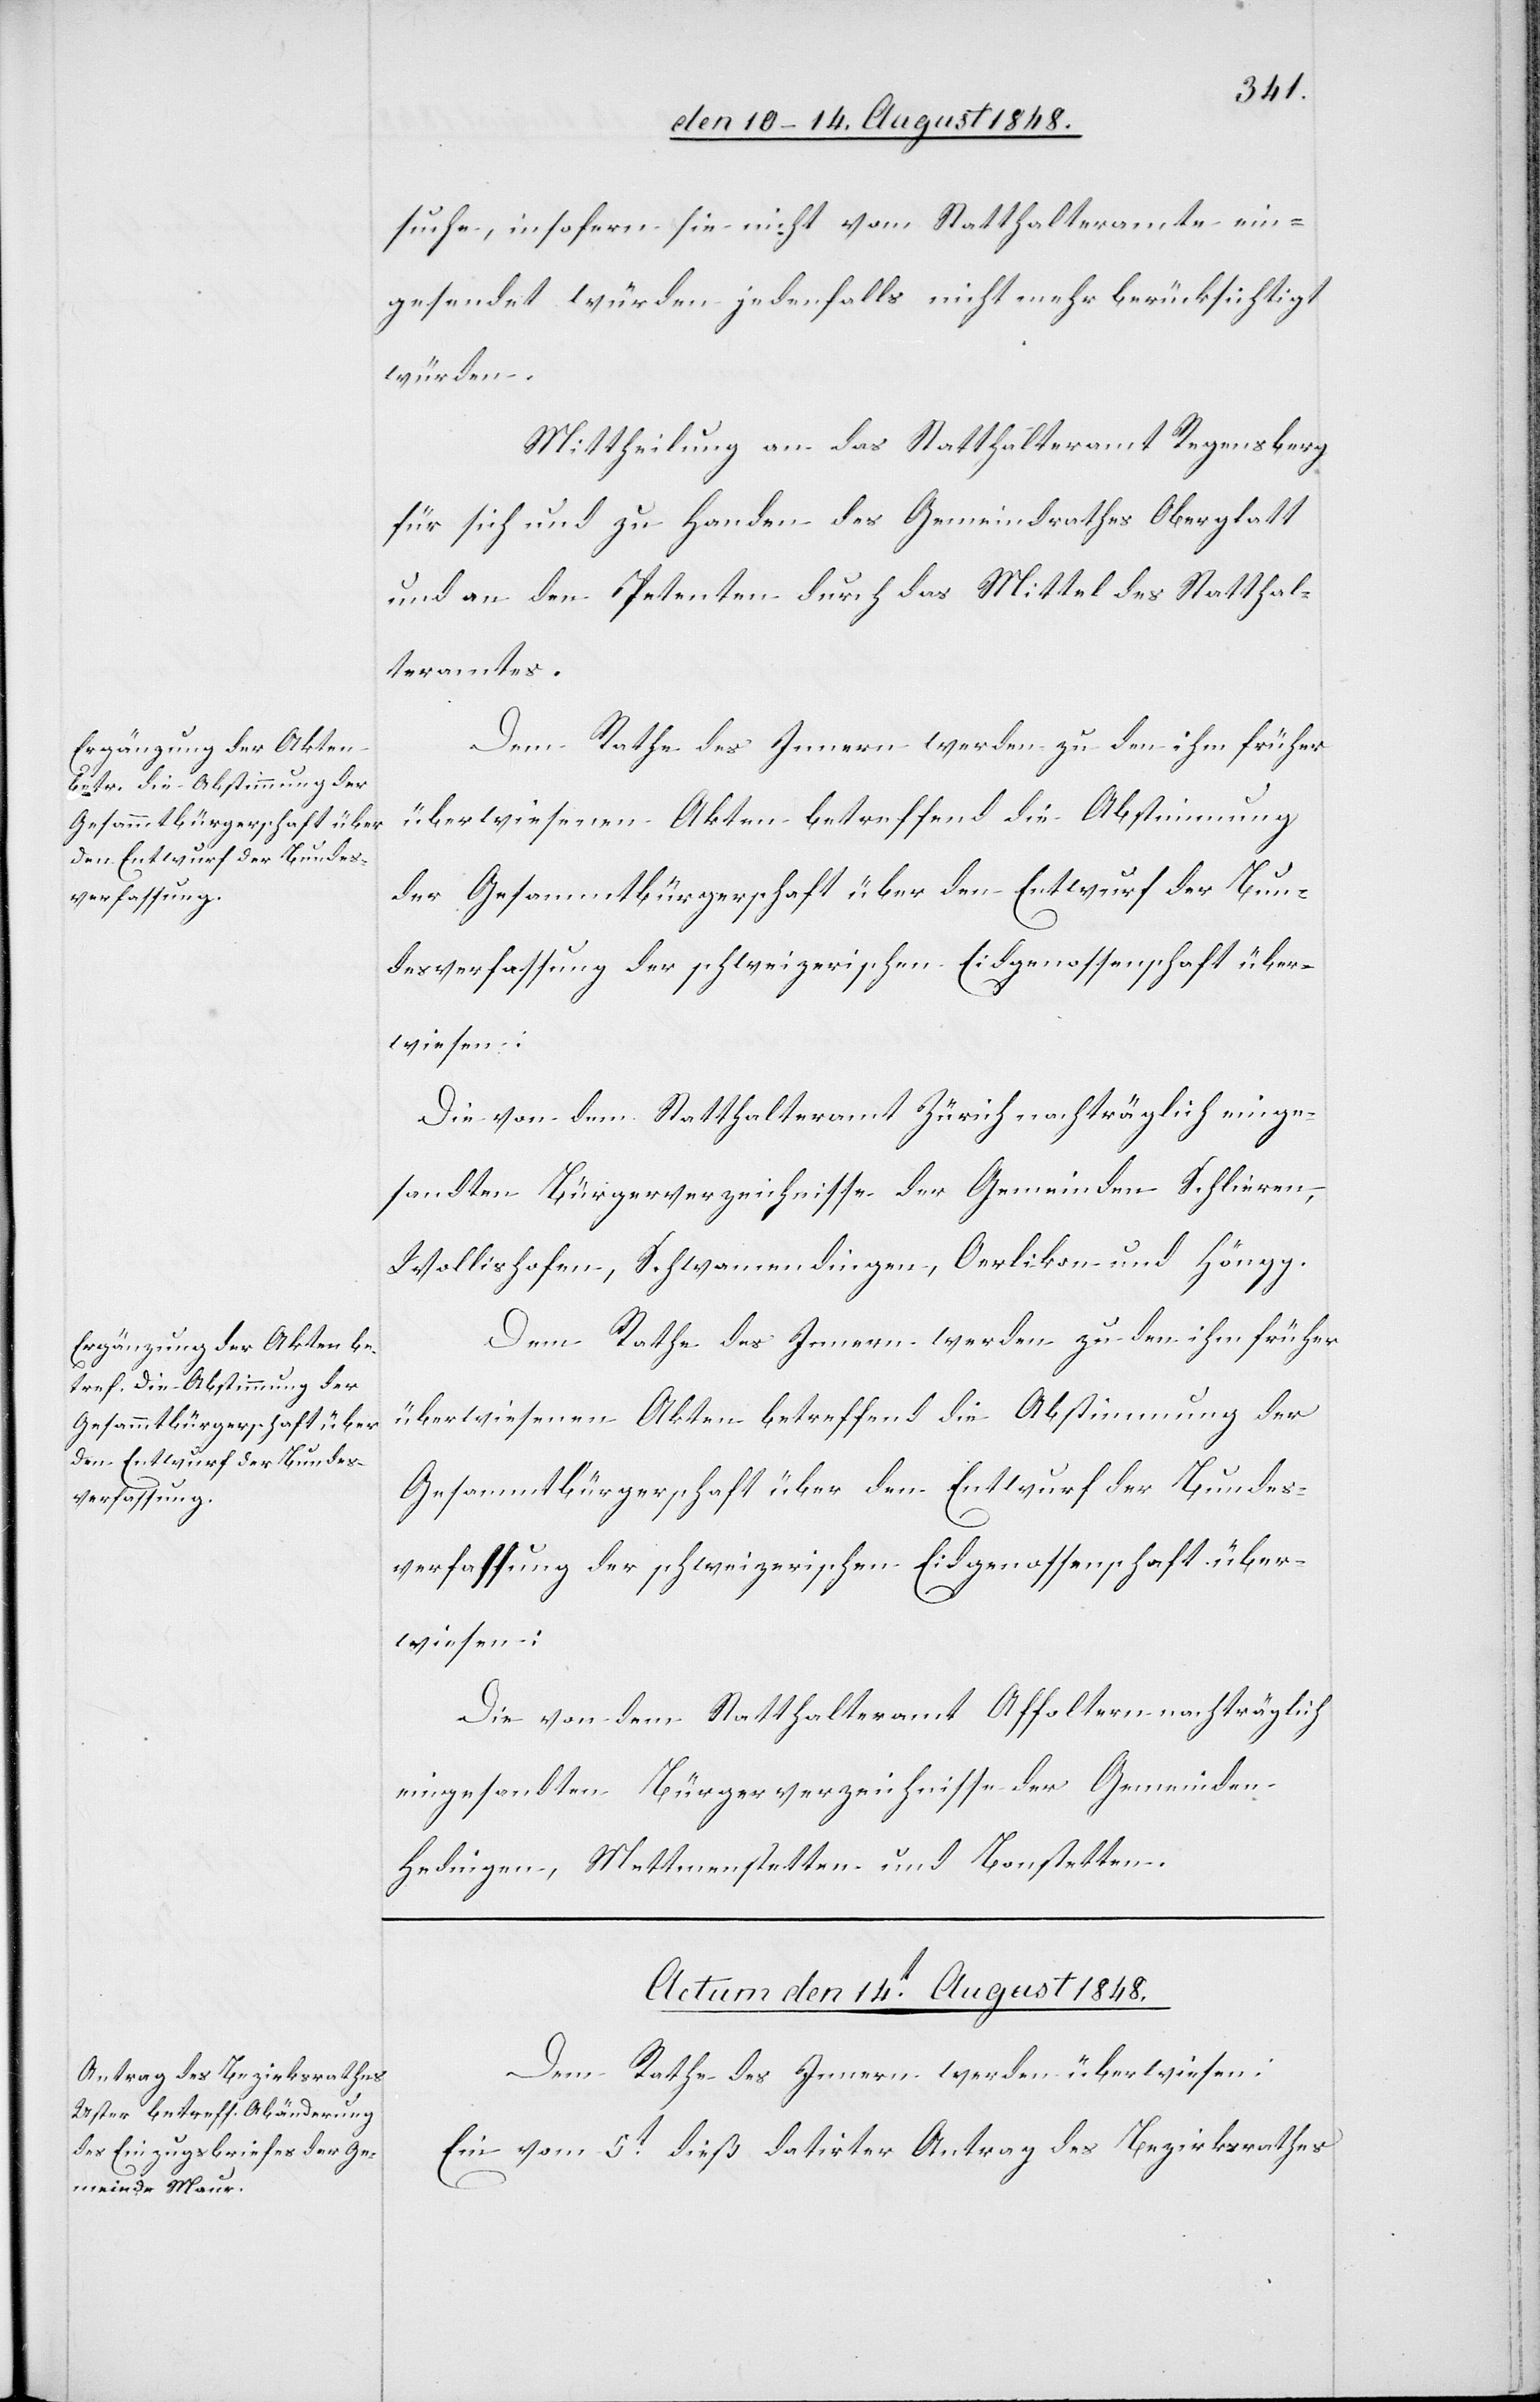
suche, insofern sie nicht vom Statthalteramte ein¬
gesendet würden jedenfalls nicht mehr berücksichtigt
würden.
Mittheilung an das Statthalteramt Regensberg
für sich und zu Handen des Gemeindrathes Oberglatt
und an den Petenten durch das Mittel des Statthal¬
teramtes.
Dem Rathe des Innern werden zu den ihm früher
überwiesenen Akten betreffend die Abstimmung
der Gesammtbürgerschaft über den Entwurf der Bun¬
desverfassung der schweizerischen Eidgenossenschaft über¬
wiesen:
Die von dem Statthalteramt Zürich nachträglich einge¬
sandten Bürgerverzeichnisse der Gemeinden Schlieren,
Wollishofen, Schwamendingen, Oerlikon und Höngg.
Die von dem Statthalteramt Affoltern nachträglich
eingesandten Bürgerverzeichnisse der Gemeinden
Hedingen, Mettmenstetten und Bonstetten.
Actum den 14t August 1848.
Dem Rathe des Innern werden überwiesen:
Ein vom 5t dieß datirter Antrag des Bezirksrathes